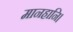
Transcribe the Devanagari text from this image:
मानहानि।